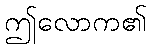
ဤလောက၏